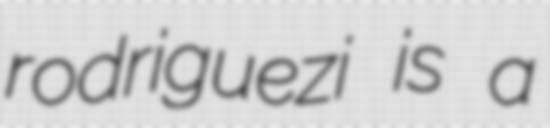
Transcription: rodriguezi is a